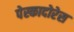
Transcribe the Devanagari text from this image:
पेस्कादोरेस